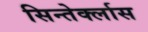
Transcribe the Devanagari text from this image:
सिन्तेर्क्लास